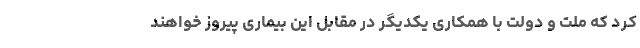
کرد که ملت و دولت با همکاری یکدیگر در مقابل این بیماری پیروز خواهند